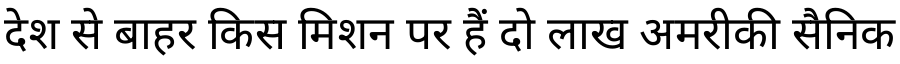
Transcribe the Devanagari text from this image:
देश से बाहर किस मिशन पर हैं दो लाख अमरीकी सैनिक